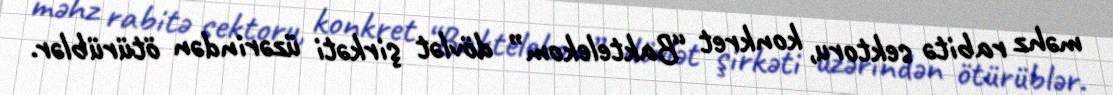
məhz rabitə sektoru, konkret “Baktelekom” dövlət şirkəti üzərindən ötürüblər.